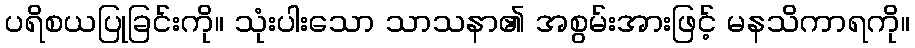
ပရိစယပြုခြင်းကို။ သုံးပါးသော သာသနာ၏ အစွမ်းအားဖြင့် မနသိကာရကို။